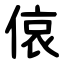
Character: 偯